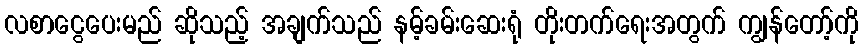
လစာငွေပေးမည် ဆိုသည့် အချက်သည် နမ့်ခမ်းဆေးရုံ တိုးတက်ရေးအတွက် ကျွန်တော့်ကို